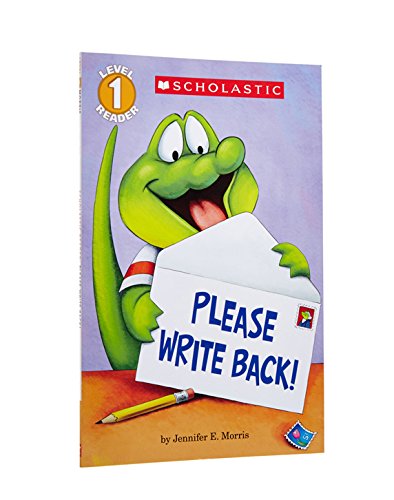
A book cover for Scholastic Reader Level 1: Please Write Back!; Jennifer Morris; Children's Books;